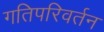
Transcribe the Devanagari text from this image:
गतिपरिवर्तन